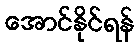
အောင်နိုင်ရန်